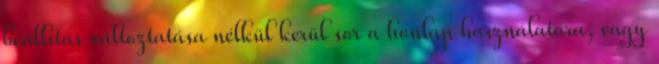
beállítás változtatása nélkül kerül sor a honlap használatára, vagy